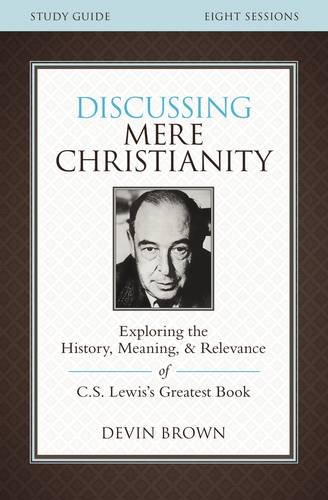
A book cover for Discussing Mere Christianity Study Guide: Exploring the History, Meaning, and Relevance of C.S. Lewis's Greatest Book; Devin Brown; Christian Books & Bibles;